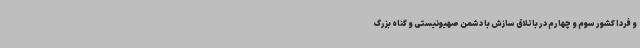
و فردا کشور سوم و چهارم در باتلاق سازش با دشمن صهیونیستی و گناه بزرگ